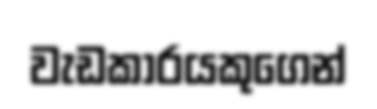
වැඩකාරයකුගෙන්